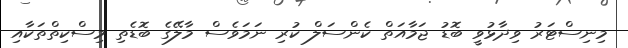
މިނިސްޓަރު ވިދާޅުވީ ބޮޑު ޖަމާއަތް ކެންސަލް ކުރި ނަމަވެސް މާލޭގެ ބޮޑެތި މިސްކިތްތަކާއި